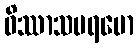
ဝိဿာသပရမော